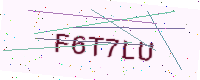
Text: F6T7LU